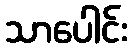
သာပေါင်း